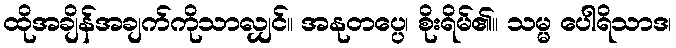
ထိုအချိန်အချက်ကိုသာလျှင်။ အနုတပ္ပေ၊ စိုးရိမ်၏။ သမ္မ ပေါရိသာဒ၊